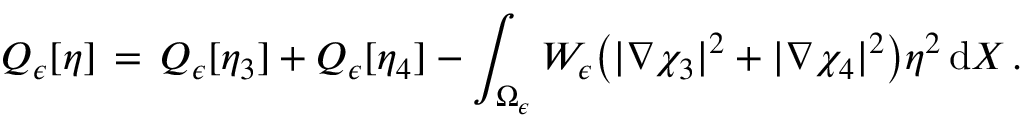
Q _ { \epsilon } [ \eta ] \, = \, Q _ { \epsilon } [ \eta _ { 3 } ] + Q _ { \epsilon } [ \eta _ { 4 } ] - \int _ { \Omega _ { \epsilon } } W _ { \epsilon } \bigl ( | \nabla \chi _ { 3 } | ^ { 2 } + | \nabla \chi _ { 4 } | ^ { 2 } \bigr ) \eta ^ { 2 } \, \mathrm { d } X \, .